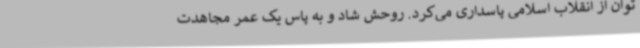
توان از انقلاب اسلامی پاسداری می‌کرد. روحش شاد و به پاس یک عمر مجاهدت